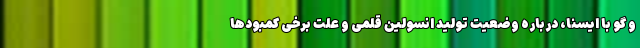
و گو با ایسنا، درباره وضعیت تولید انسولین قلمی و علت برخی کمبودها